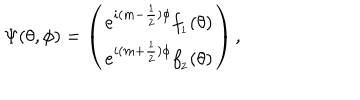
LaTeX: \Psi ( \theta , \phi ) = \left( \begin{array} { c } { { e ^ { i ( m - \frac { 1 } { 2 } ) \phi } f _ { _ { 1 } } ( \theta ) } } \\ { { e ^ { i ( m + \frac { 1 } { 2 } ) \phi } f _ { _ { 2 } } ( \theta ) } } \\ \end{array} \right) ,